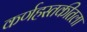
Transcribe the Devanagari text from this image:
कर्णहस्तकीतला